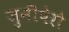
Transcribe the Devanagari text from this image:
जुनीपेरो